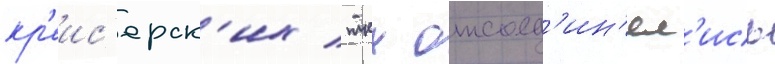
кр'еис'ерск'их / ткх отсоед'ин'ял'ись